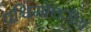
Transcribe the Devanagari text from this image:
पश्चिमोत्तरीय